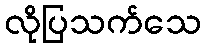
လိုပြသက်သေ